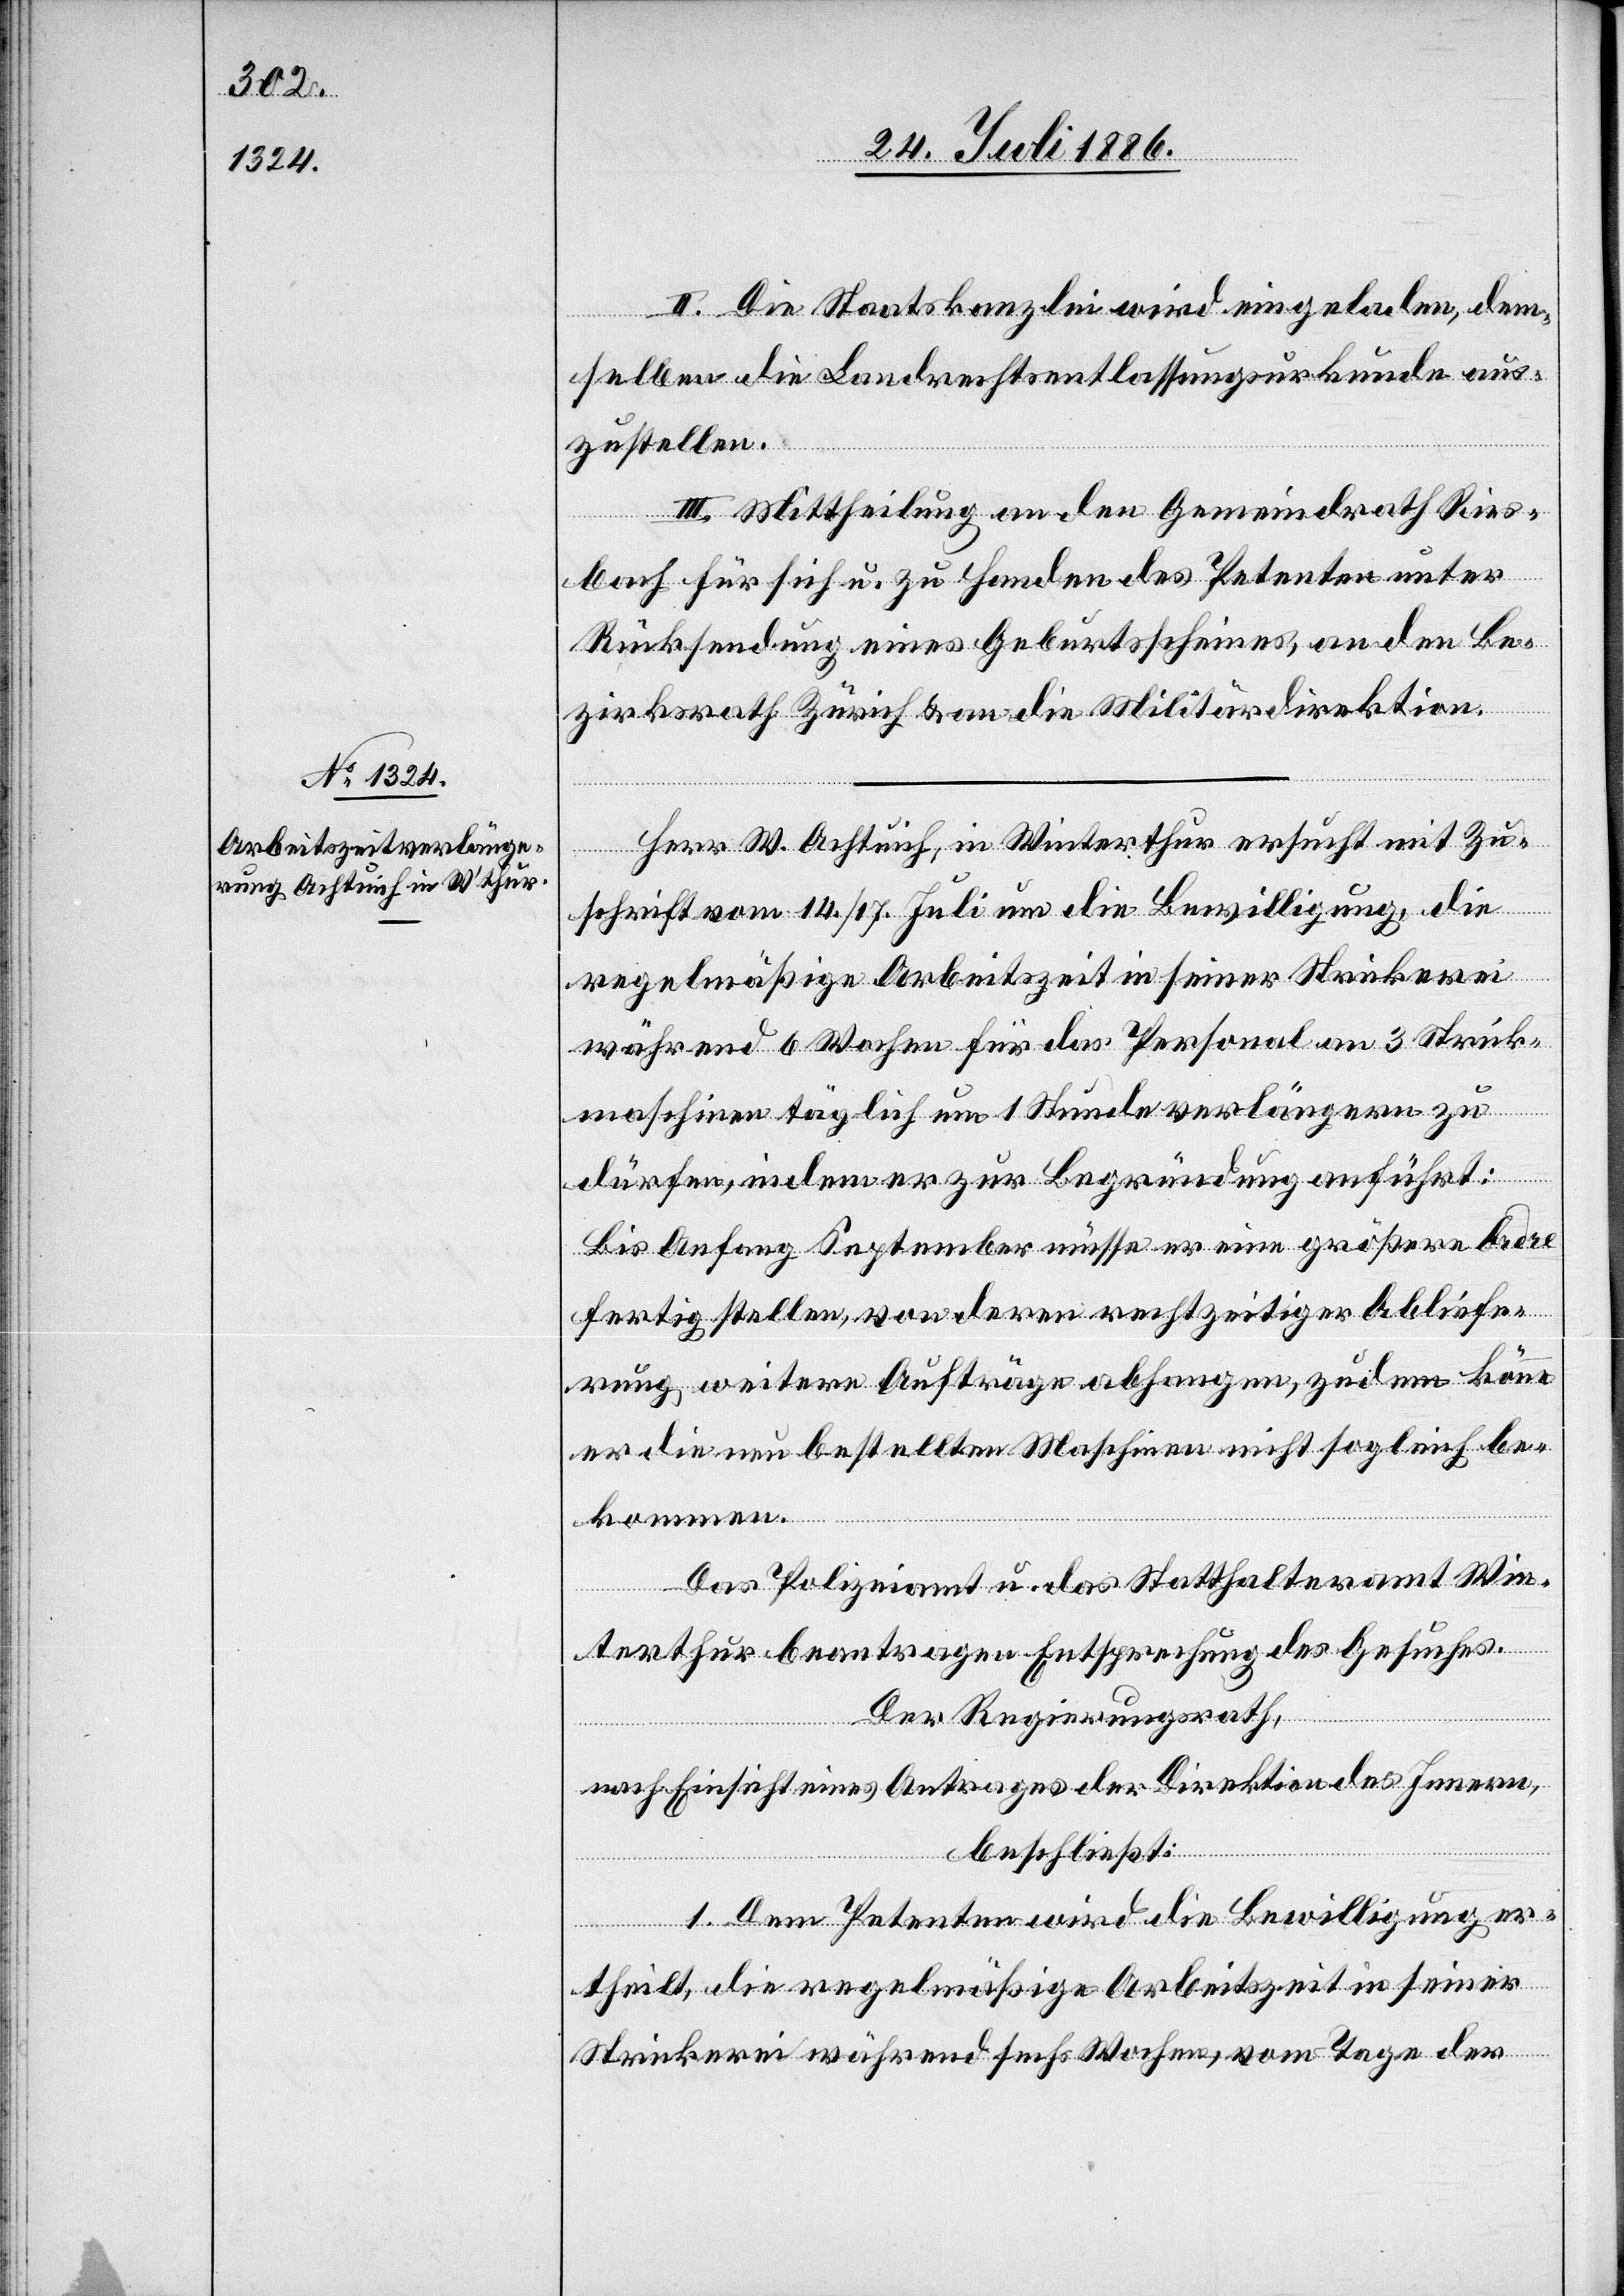
II. Die Staatskanzlei wird eingeladen, dem¬
selben die Landrechtsentlassungsurkunde aus¬
zustellen.
III. Mittheilung an den Gemeindrath Ries¬
bach für sich u. zu Handen des Petenten unter
Rücksendung eines Geburtsscheines, an den Be¬
zirksrath Zürich & an die Militärdirektion.
Herr W. Achtuich, in Winterthur ersucht mit Zu¬
schrift vom 14./17. Juli um die Bewilligung, die
regelmäßige Arbeitszeit in seiner Stickerei
während 6 Wochen für das Personal an 3 Strick¬
maschinen täglich um 1 Stunde verlängern zu
dürfen, indem er zur Begründung anführt:
Bis Anfang September müsse er eine größere Ordre
fertig stellen, von deren rechtzeitiger Abliefe¬
rung weitere Aufträge abhangen, zudem könne
er die nun bestellten Maschinen nicht sogleich be¬
kommen.
Das Polizeiamt u. das Statthalteramt Win¬
terthur beantragen Entsprechung des Gesuches.
Der Regierungsrath,
nach Einsicht eines Antrages der Direktion des Innern,
beschließt:
1. Dem Petenten wird die Bewilligung er¬
theilt, die regelmäßige Arbeitszeit in seiner
Stickerei während sechs Wochen, vom Tage der